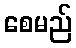
စေမည်